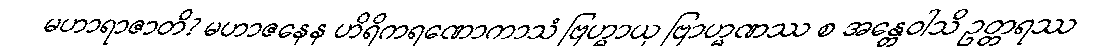
မဟာရာဇာတိ? မဟာဇနေန ဟိရိကရဏောကာသံ ဗြဟ္မာယု ဗြာဟ္မဏဿ စ အန္တေဝါသိ ဥတ္တရဿ